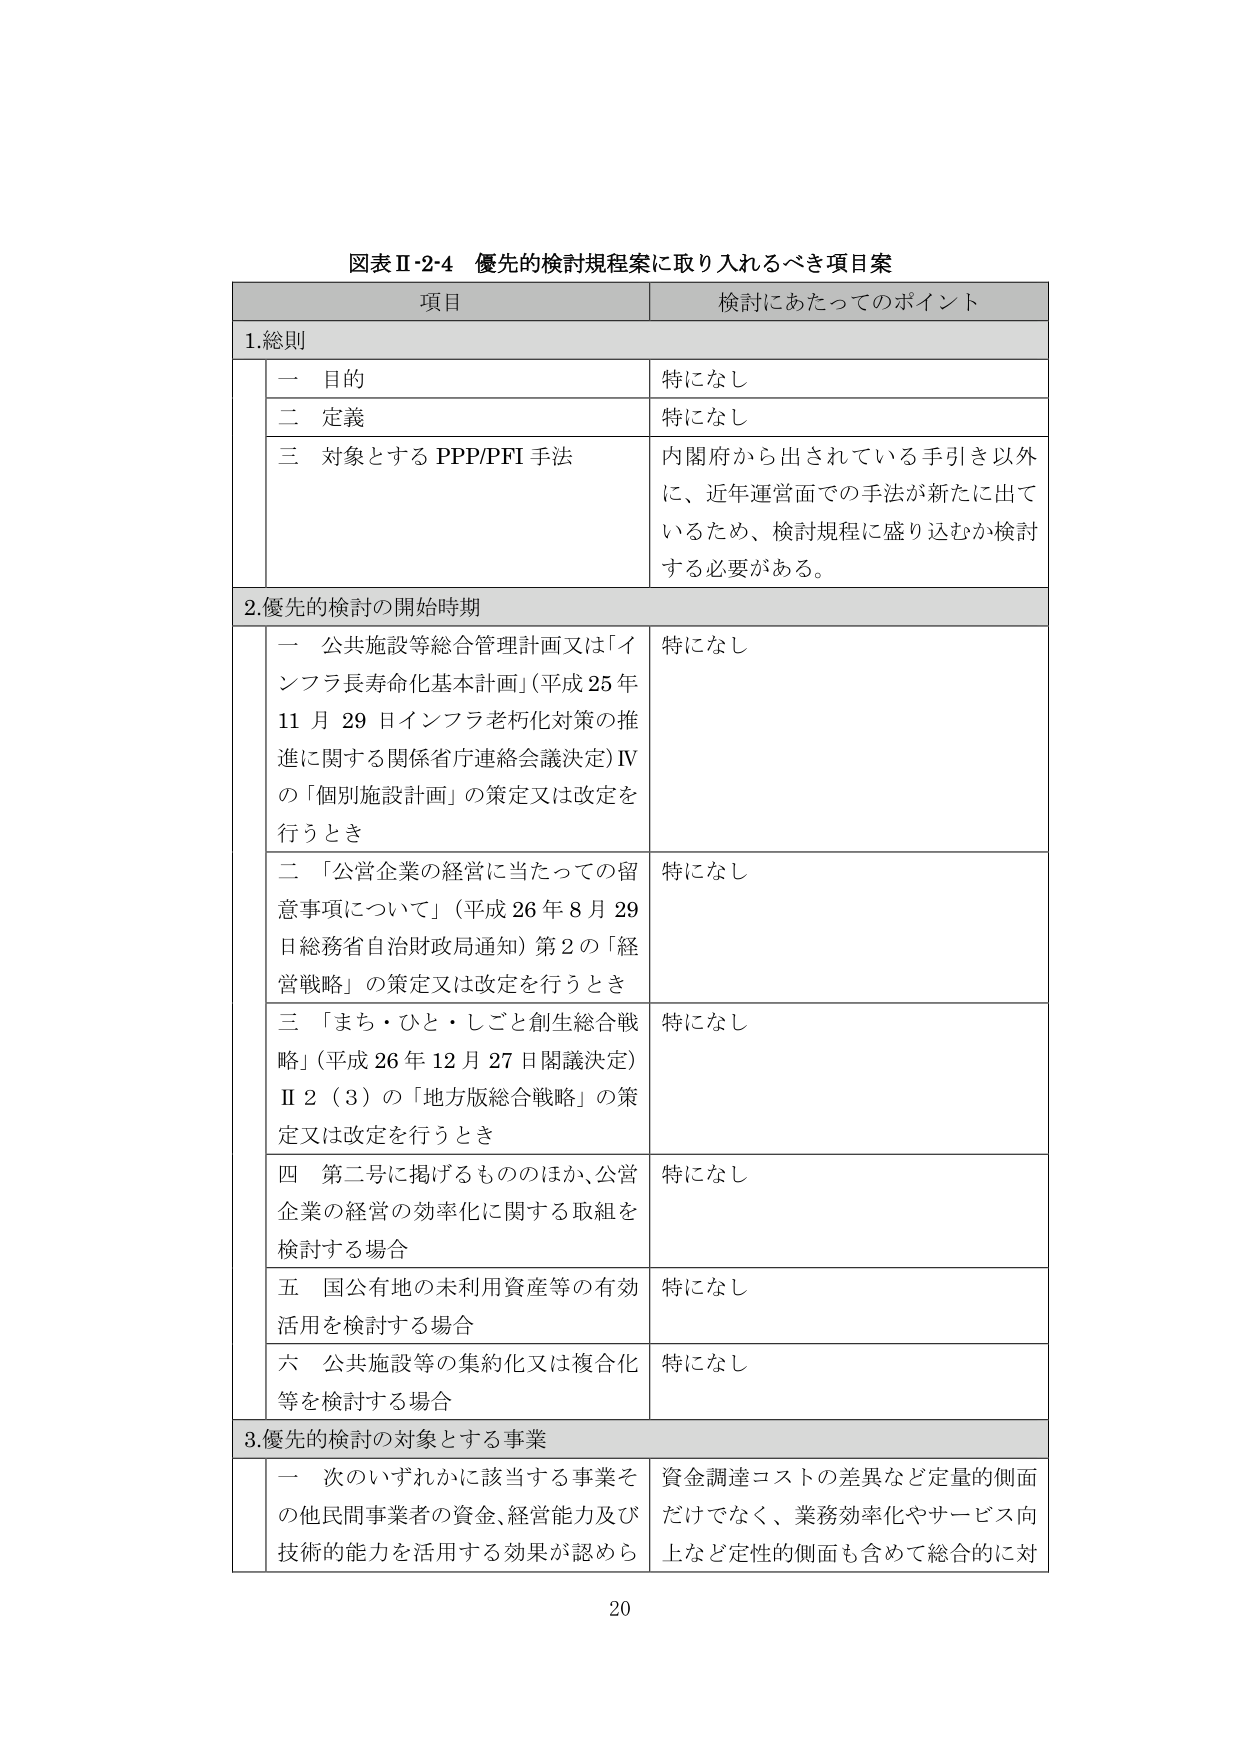
図表Ⅱ-2-4 優先的検討規程案に取り入れるべき項目案

項目 検討にあたってのポイント

1.総則

一 目的 特になし

二 定義 特になし

三 対象とするPPP/PFI手法 内閣府から出されている手引き以外に、近年運営面での手法が新たに出て いるため、検討規程に盛り込むか検討 する必要がある。

2.優先的検討の開始時期

一 公共施設等総合管理計画又は「インフラ長寿命化基本計画」（平成25年11月29日インフラ老朽化対策の推進に関する関係省庁連絡会議決定）Ⅳの「個別施設計画」の策定又は改定を行うとき 特になし

二 「公営企業の経営に当たっての留意事項について」（平成26年8月29日総務省自治財政局通知）第2の「経営戦略」の策定又は改定を行うとき 特になし

三 「まち・ひと・しごと創生総合戦略」（平成26年12月27日閣議決定）Ⅱ2（3）の「地方版総合戦略」の策定又は改定を行うとき 特になし

四 第二号に掲げるもののほか、公営企業の経営の効率化に関する取組を検討する場合 特になし

五 国公有地の未利用資産等の有効活用を検討する場合 特になし

六 公共施設等の集約化又は複合化等を検討する場合 特になし

3.優先的検討の対象とする事業

一 次のいずれかに該当する事業その他民間事業者の資金、経営能力及び技術的能力を活用する効果が認めら 資金調達コストの差異など定量的側面だけでなく、業務効率化やサービス向上など定性的側面も含めて総合的に対

20